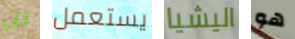
لن يستعمل اليشيا هو